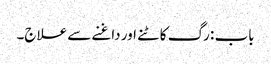
باب : رگ کاٹنے اور داغنے سے علاج۔